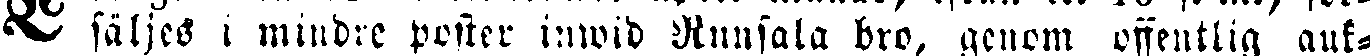
L säljes i mindre poster inwid Runsala bro, genom offentlig auk-